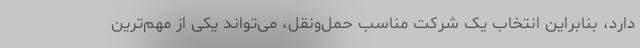
دارد، بنابراین انتخاب یک شرکت مناسب حمل‌ونقل، می‌تواند یکی از مهم‌ترین